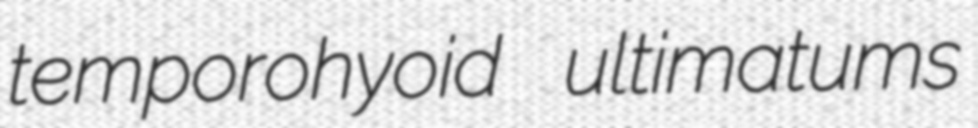
temporohyoid ultimatums